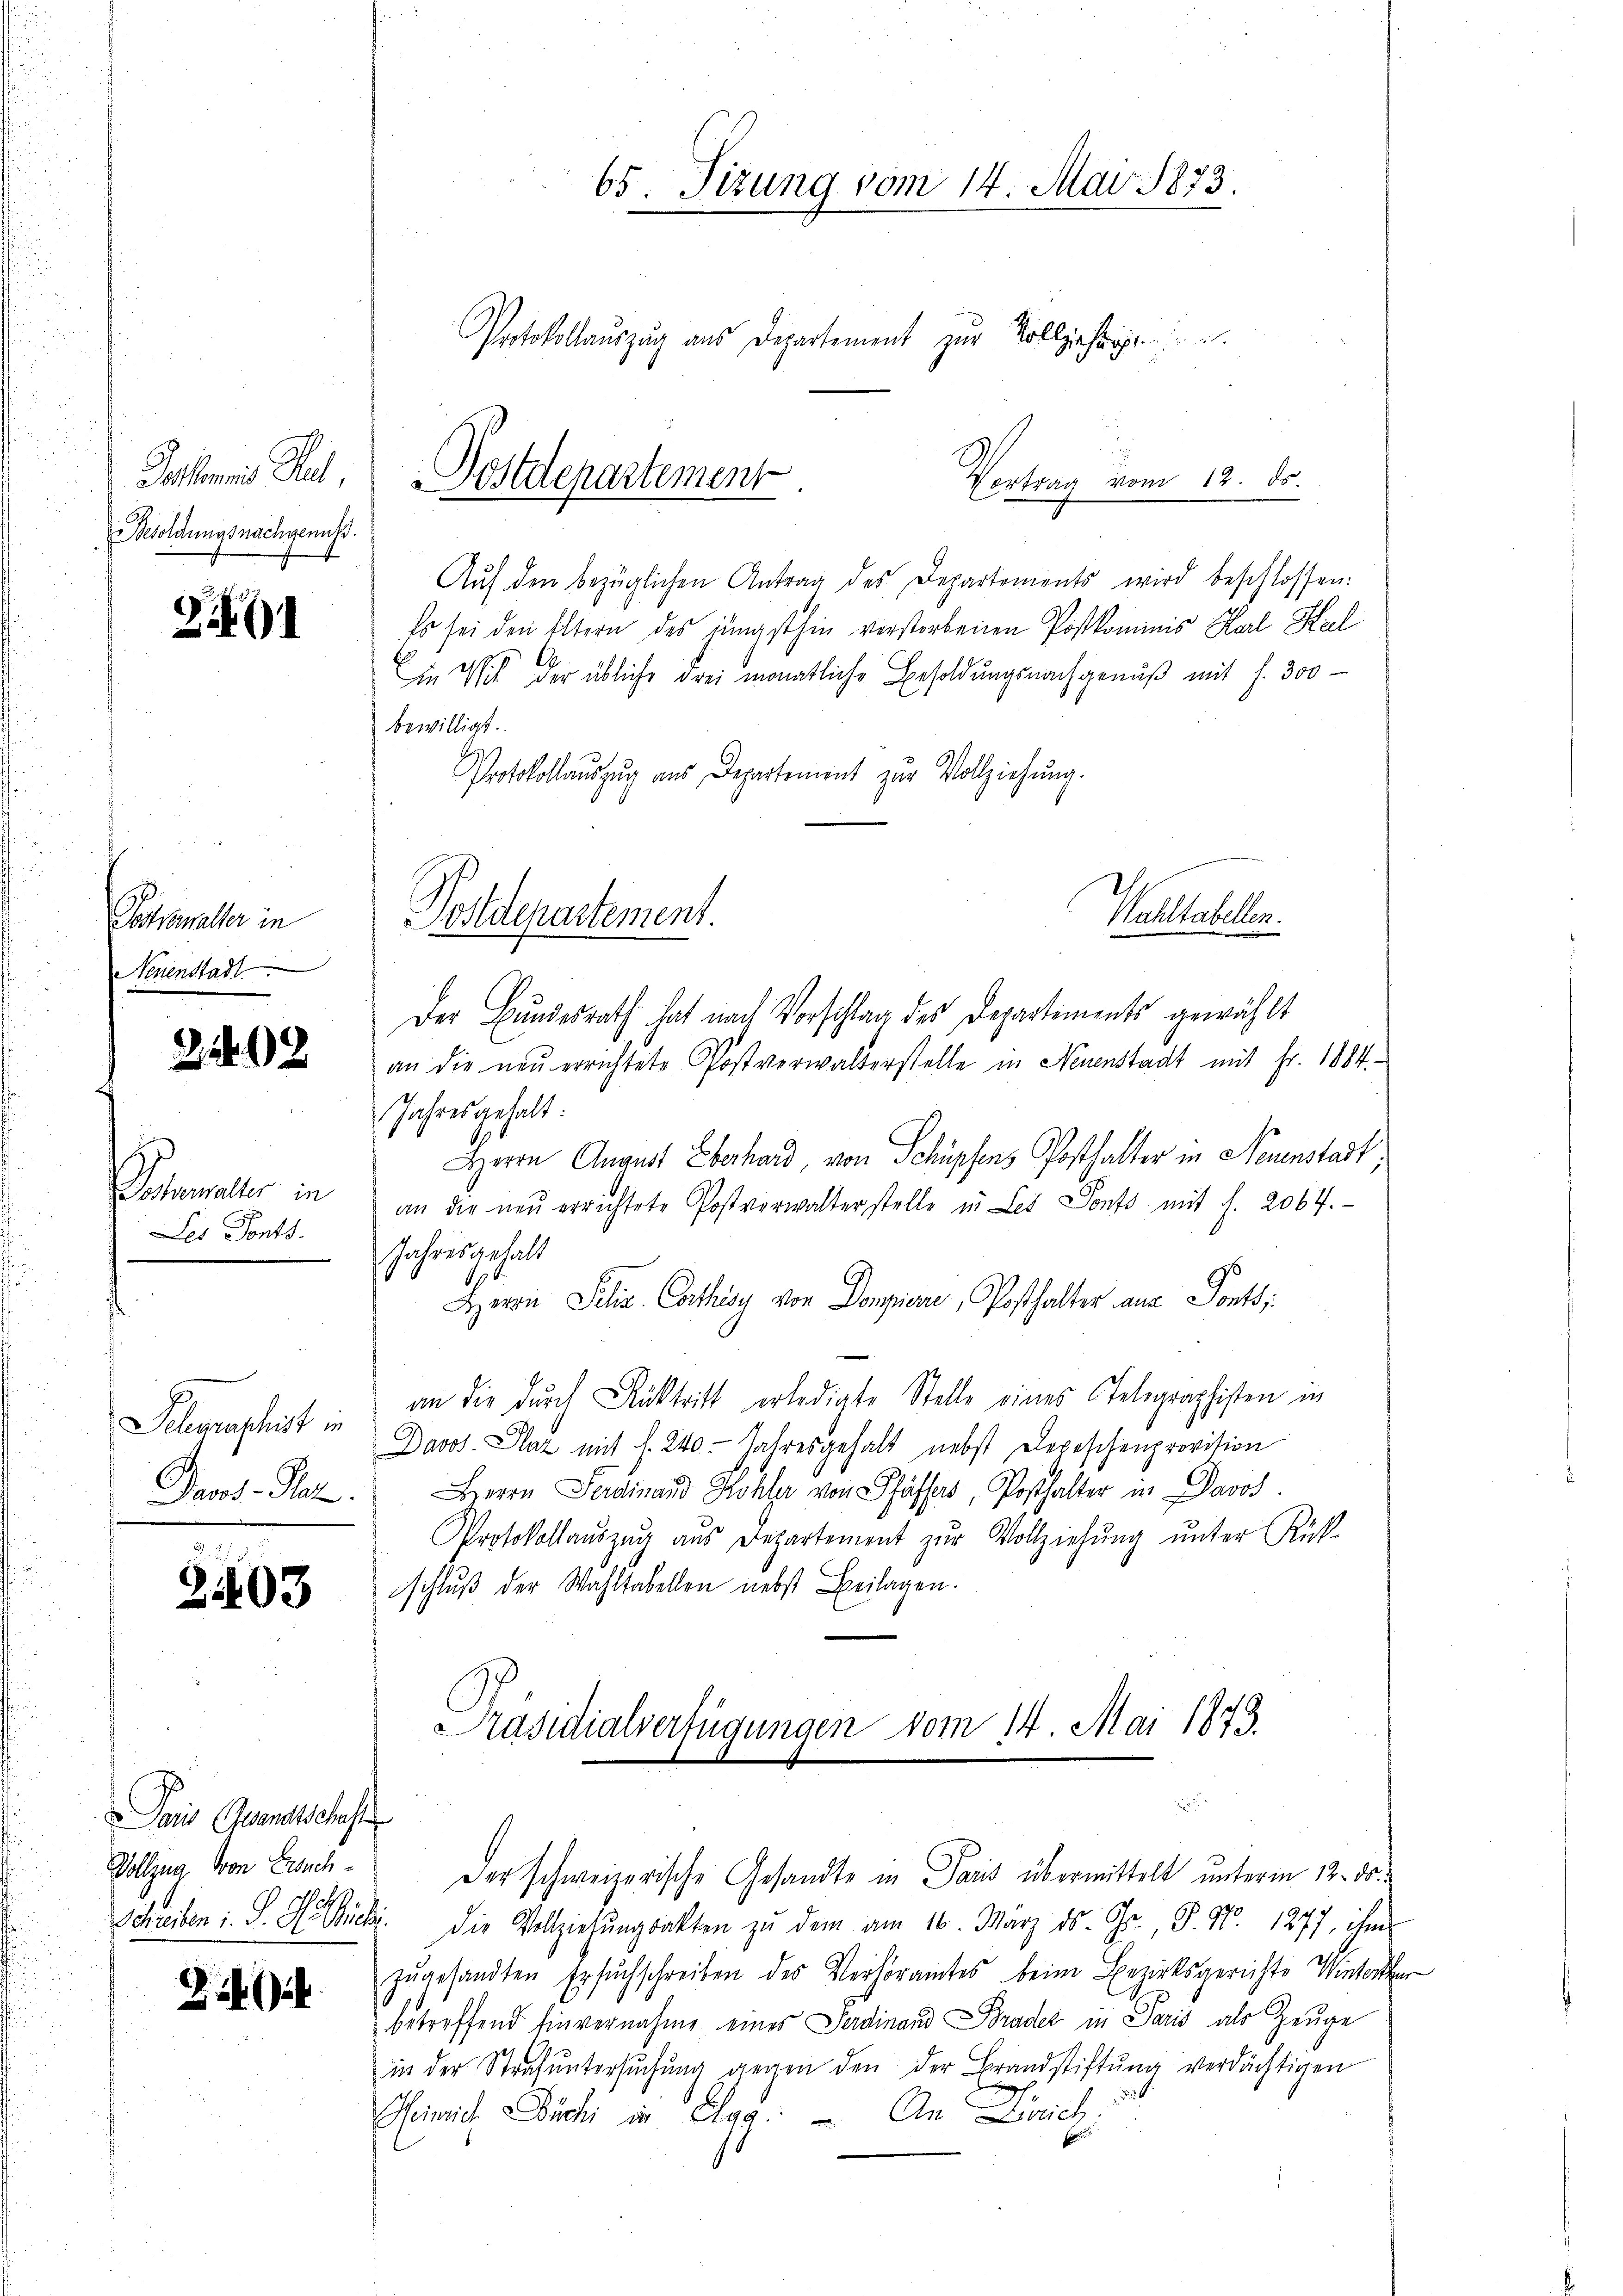
Potoris Stadt,
Besoldungsnachgenuß.

301

Potsmalter in
Neuenstadt

2

02

Patmeter in
Les Ponts.

Sehmarschrist in
Jans Plaz

303

Paris Gwandtschaft

R. 64

Aŭf den bezüglichen Antrag des Departements wird beschlossen:
Es sei den Eltern des jüngsthin verstorbenen Postkommis Harl Keel
in Wohl der übliche drei monatliche Besoldungsnachgenuß mit s. 300
bewilligt.
Protokollaŭszŭg aŭs Departement zur Vollziehŭng.
Der Bundesrath hat nach Vorschlag des Departiments gewählt
an die neŭ errichtete Postverwalterstelle in Neuenstadt mit Fr. 1884.-
Jahresgehalt:
Herrn August Eberhard, von Schüpfens Posthalter in Neuenstadt
an die neŭ errichtete Postverwalterstelle in Les Sonts mit f. 2064.
Jahresgehalt
Herrn Pelis. Cathesy von Dompiere, Posthalter ana Ponts
an die durch Rücktritt erledigte Stelle eines Telegraphisten in
Davos. Plaz mit d. 240. Jahresgehalt nebst Depeschenprovision
Berrn Ferdinand Hohle von Pfäffer, Posthalter in Davos.
Protokollaŭszŭg aŭs Departement zŭr Vollziehŭng ŭnter Rück-
schluß der Wahltabellen nebst Beilagen:
Präsidialverfügungen vom 14. Mai 1873.

Vollzug von Fruch. Der schweizerische Gesandte in Paris übermittelt unterm 12. ds.
Schreiben : S. A. Mich. die Vollziehŭngsakten zŭ dem am 16. März ds. Gr. P. Nr. 1277, ihm
zugesandten Ersuchschreiben des Verhöramtes beim Bezirksgerichte Winterthur
betreffend Einvernahme eines Ferdinand Brader in Paris als Zeuge
in der Strafŭntersŭchŭng gegen den der Brandstiftŭng verdächtigen
Heinrich Dich in Elgg: An Dich:

65. Fizung vom 14. Mai 1873.
Protokollauszug aus Departement zur Volljährige

Postdepartement

Postdepartement.

Vortrag vom 12. ds.

Waltabellen.